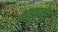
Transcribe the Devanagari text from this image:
अतकरे